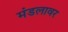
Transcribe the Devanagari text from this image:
मंडलावर